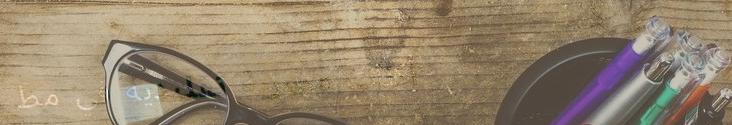
أكلات مصرية تقليدية في مط